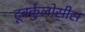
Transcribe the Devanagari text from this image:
टूबर्कुलोसीस